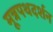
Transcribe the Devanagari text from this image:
मूत्रपथदर्शन